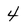
Character: 4